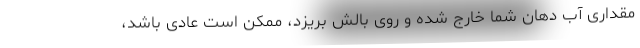
مقداری آب دهان شما خارج شده و روی بالش بریزد، ممکن است عادی باشد،